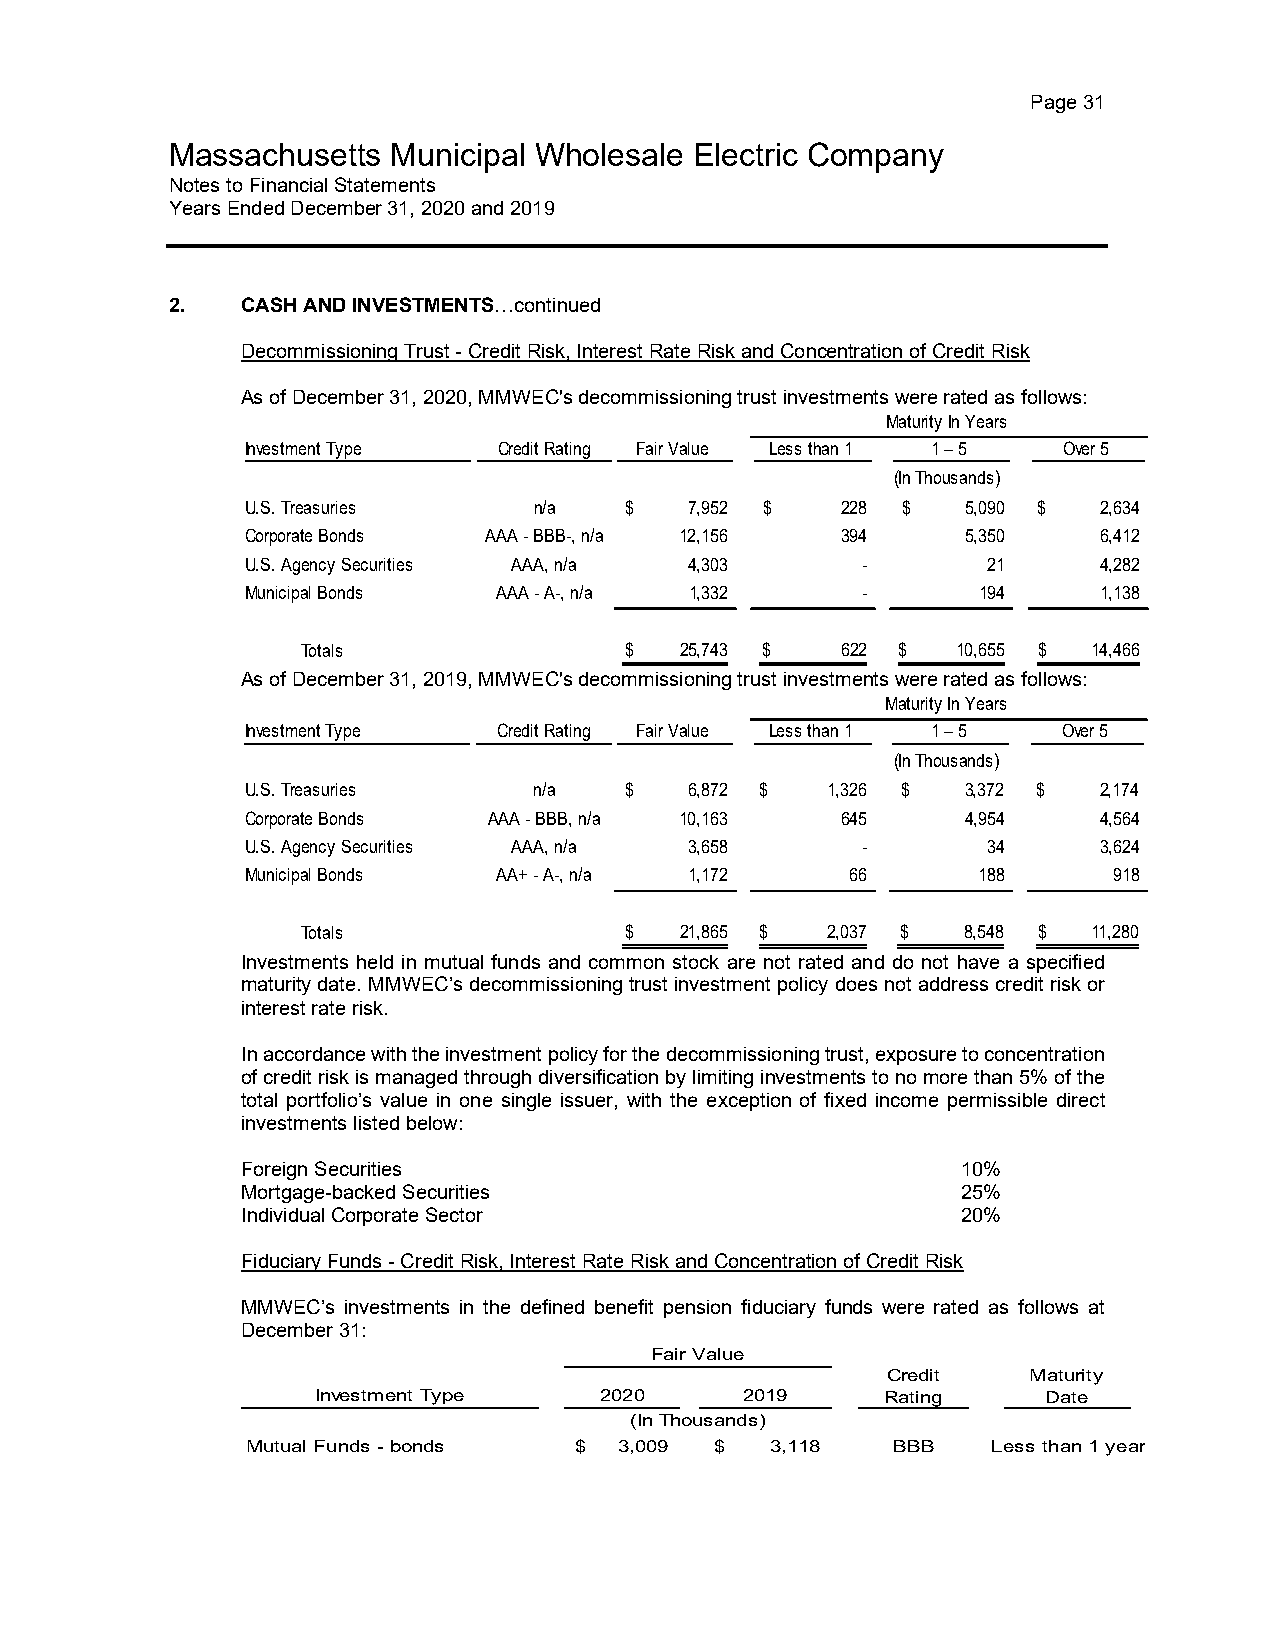
Page 31
 Massachusetts  Municipal Wholesale Electric Company
 Notes to Financial Statements
 Years Ended December 31, 2020 and 2019
 2.   CASH AND INVESTMENTS…continued
 Decommissioning Trust - Credit Risk, Interest Rate Risk and Concentration of Credit Risk
 As of December 31, 2020, MMWEC's decommissioning trust investments were rated as follows:
 Maturity In Years
 Investment Type  Credit Rating Fair Value Less than 1 1 – 5 Over 5
 (In Thousands)
 U.S. Treasuries    n/a   $    7 ,952 $  2 28 $  5,090 $  2,634
 Corporate Bonds AAA - BBB-, n/a 1 2,156 3 94    5,350    6 ,412
 U.S. Agency Securities AAA, n/a 4 ,303   -       2 1     4,282
 Municipal Bonds  AAA - A-, n/a 1 ,332    -       194     1,138
 Totals               $   25,743 $   622 $  10,655 $ 14,466
 As of December 31, 2019, MMWEC's decommissioning trust investments were rated as follows:
 Maturity In Years
 Investment Type  Credit Rating Fair Value Less than 1 1 – 5 Over 5
 (In Thousands)
 U.S. Treasuries    n/a   $    6 ,872 $ 1 ,326 $ 3,372 $  2 ,174
 Corporate Bonds AAA - BBB, n/a 10,163   6 45    4,954    4,564
 U.S. Agency Securities AAA, n/a 3 ,658   -       3 4     3,624
 Municipal Bonds  AA+ - A-, n/a 1 ,172   6 6      188      918
 Totals               $   21,865 $  2 ,037 $ 8,548 $ 11,280
 Investments held in mutual funds and common stock are not rated and do not have a specified
 maturity date. MMWEC’s decommissioning trust investment policy does not address credit risk or
 interest rate risk.
 In accordance with the investment policy for the decommissioning trust, exposure to concentration
 of credit risk is managed through diversification by limiting investments to no more than 5% of the
 total portfolio’s value in one single issuer, with the exception of fixed income permissible direct
 investments listed below:
 Foreign Securities                              10%
 Mortgage-backed Securities                      25%
 Individual Corporate Sector                     20%
 Fiduciary Funds - Credit Risk, Interest Rate Risk and Concentration of Credit Risk
 MMWEC’s investments in the defined benefit pension fiduciary funds were rated as follows at
 December 31:
 Fair Value
 Credit   Maturity
 Investment Type    2020     2019      Rating    Date
 (In Thousands)
 Mutual Funds - bonds  $  3 ,009 $  3,118   BBB    Less than 1 year